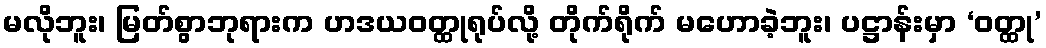
မလိုဘူး၊ မြတ်စွာဘုရားက ဟဒယဝတ္ထုရုပ်လို့ တိုက်ရိုက် မဟောခဲ့ဘူး၊ ပဋ္ဌာန်းမှာ ‘ဝတ္ထု’